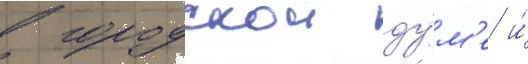
в городскои ду́м'е и́